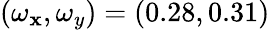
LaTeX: (\omega_{\mathbf{x}},\omega_{y})=(0.28,0.31)